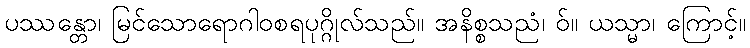
ပဿန္တော၊ မြင်သောရောဂါဝစရပုဂ္ဂိုလ်သည်။ အနိစ္စသညံ၊ ဝ်။ ယသ္မာ၊ ကြောင့်။